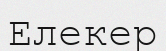
Елекер